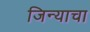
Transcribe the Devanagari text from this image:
जिन्याचा